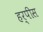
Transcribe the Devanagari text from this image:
हर्पीस